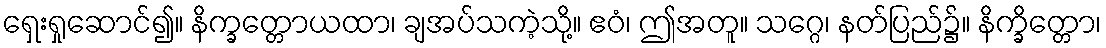
ရှေးရှုဆောင်၍။ နိက္ခတ္တောယထာ၊ ချအပ်သကဲ့သို့။ ဧဝံ၊ ဤအတူ။ သဂ္ဂေ၊ နတ်ပြည်၌။ နိက္ခိတ္တော၊